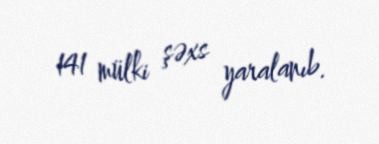
141 mülki şəxs yaralanıb.